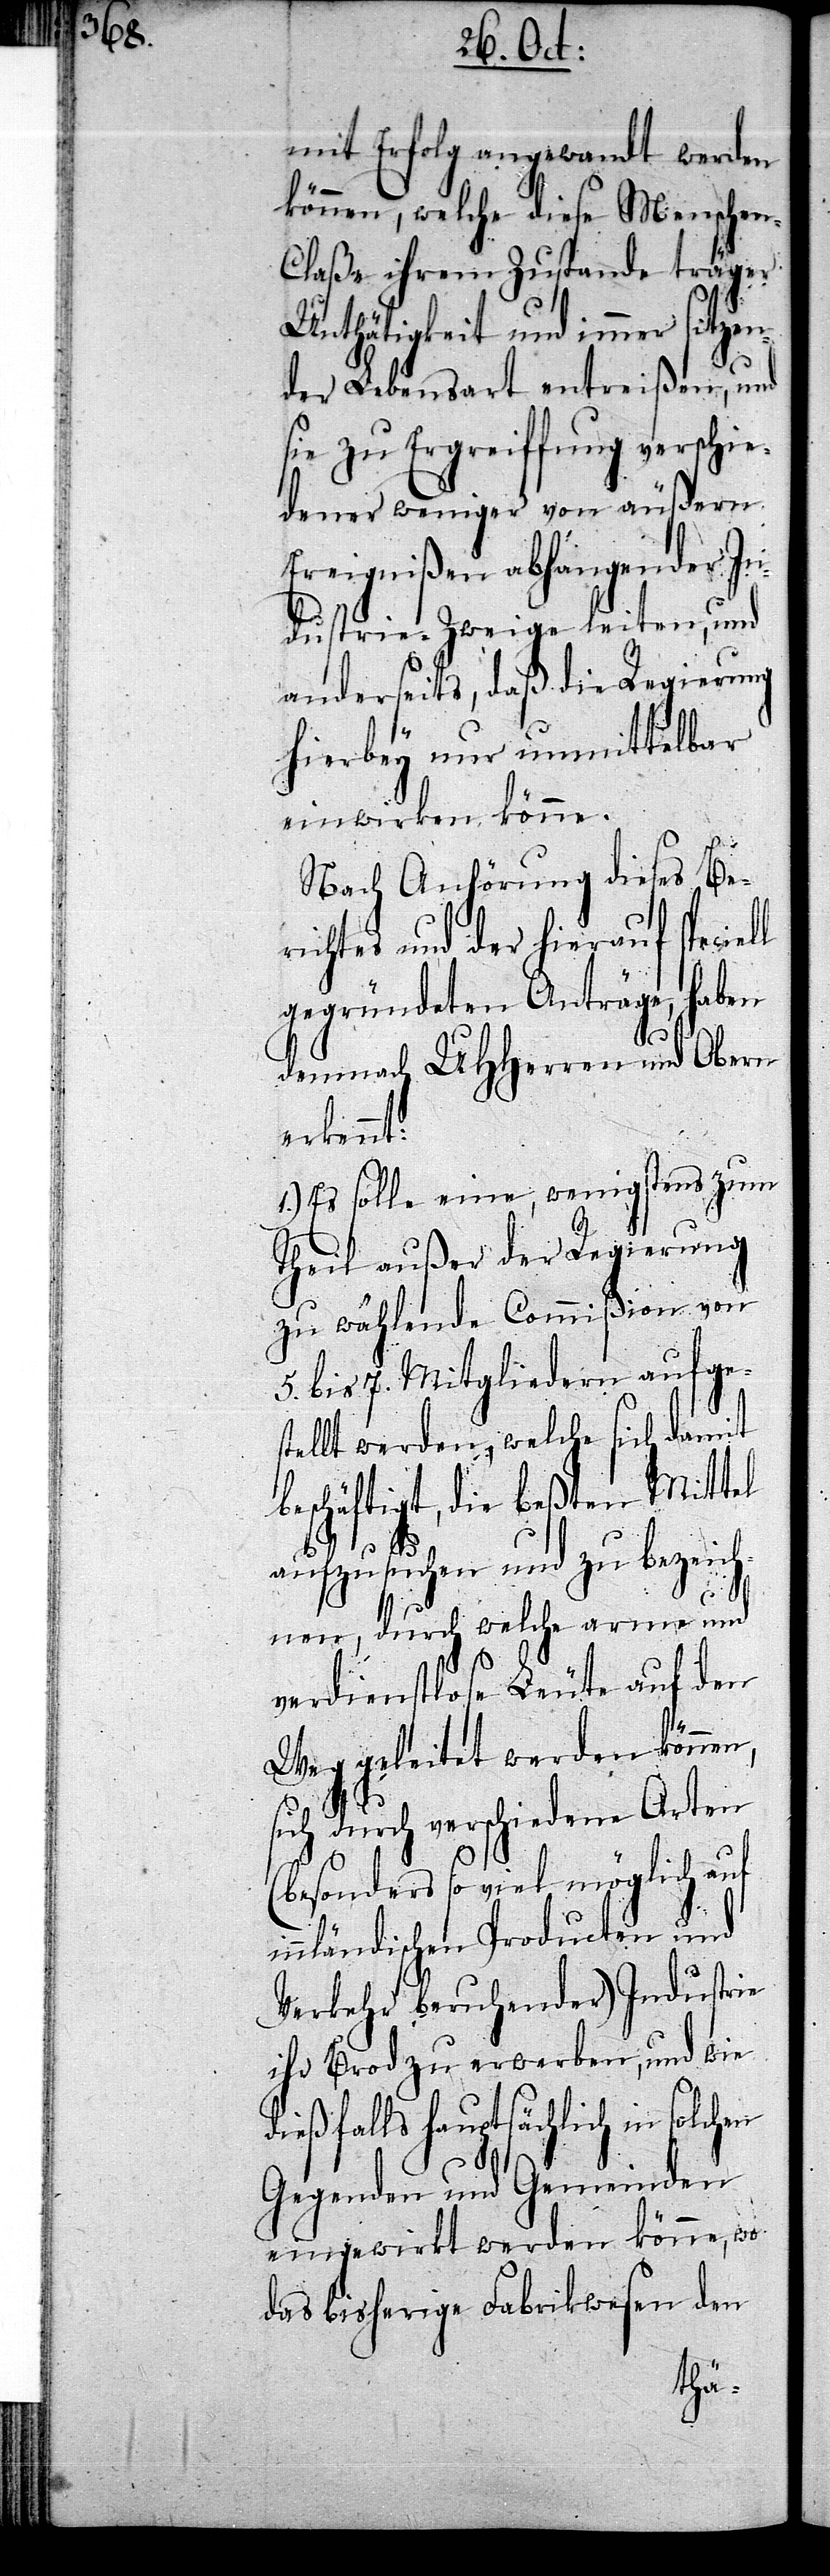
mit Erfolg angewandt werden
können, welche diese Mensche¬
n-Claße ihrem Zustande träger
Unthätigkeit und immer sitze¬
nder Lebensart entreißen, und
sie zu Ergreiffung verschie¬
dener weniger von äußern
Ereignißen abhangender In¬
dustrie-Zweige leiten, und
anderseits, daß die Regierung
hierbey nur unmittelbar
einwirken könne.
Nach Anhörung dieses Be¬
richtes und der hierauf speciel¬
gegründeten Anträge, haben
demnach UHHerren und Obern
erkennt:
1.) Es solle eine, wenigstens zum
Theil außer der Regierung
zu wählende Commißion von
5. bis 7. Mitgliedern aufges¬
tellt werden, welche sich damit
beschäftigt, die beßten Mittel
aufzusuchen und zu bezeich¬
l
nen, durch welche arme und
verdienstlose Leute auf den
Weg geleitet werden können,
sich durch verschiedene Arten
(besonders so viel möglich auf
innländischen Producten und
Verkehr beruhender) Industrie
ihr Brod zu erwerben, und wie
dießfalls hauptsächlich in solchen
Gegenden und Gemeinden
eingewirkt werden könne, wo
das bisherige Fabrikwesen den